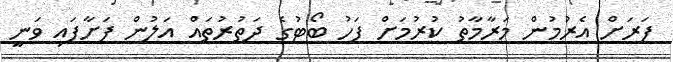
ފަރަށް އެރުމުން މަރާމާތު ކުރުމަށް ފަހު ބޯޓުގެ ދަތުރުތައް އަލުން ފަށާފައި ވަނީ